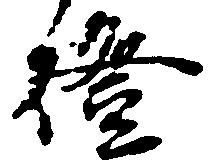
燈